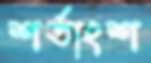
শর্তাংশ